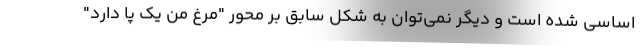
اساسی شده است و دیگر نمی‌توان به شکل سابق بر محور "مرغ من یک پا دارد"